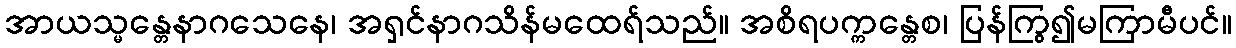
အာယသ္မန္တေနာဂသေနေ၊ အရှင်နာဂသိန်မထေရ်သည်။ အစိရပက္ကန္တေစ၊ ပြန်ကြွ၍မကြာမီပင်။